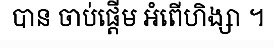
បាន ចាប់ផ្តើម អំពើហិង្សា ។